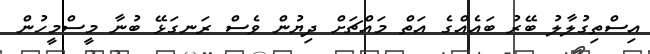
އިސްތިގުލާލު ބޭރު ބައެއްގެ އަތް މައްޗަށް ދިޔުން ވެސް ރަނގަޅޭ ބުނާ މީސްމީހުން